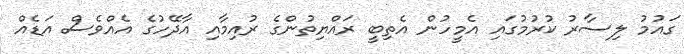
ގައުމު ލިސާރު ކުރުމުގައި އެމީހުން އެތިބީ ރައްޔިތުންގެ ރުއިމާއި އާދޭހުގެ އެއްވެސް އަޑެއް